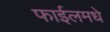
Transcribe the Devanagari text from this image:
फाईलमधे